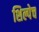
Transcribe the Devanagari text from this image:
शिल्पेच